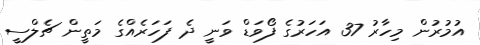
އުމުރުން މިހާރު 37 އަހަރުގެ ފޯވަޑް ވަނީ ދެ ފަހަރެއްގެ މަތީން ޗެލްސީ